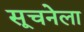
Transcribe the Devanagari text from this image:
सूचनेला